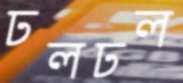
ঢলঢল